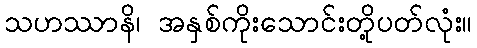
သဟဿာနိ၊ အနှစ်ကိုးသောင်းတို့ပတ်လုံး။